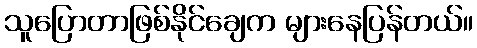
သူပြောတာဖြစ်နိုင်ချေက များနေပြန်တယ်။